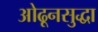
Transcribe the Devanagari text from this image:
ओढूनसुद्धा